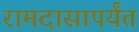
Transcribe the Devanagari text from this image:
रामदासापर्यंत